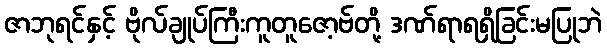
ဇာဘုရင်နှင့် ဗိုလ်ချုပ်ကြီးကူတူဇော့ဗ်တို့ ဒဏ်ရာရရှိခြင်းမပြုဘဲ